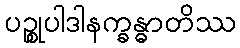
ပဉ္စုပါဒါနက္ခန္ဓာတိဿ